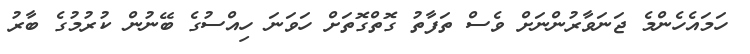
ހަމައެހެންމެ ޖަނަވާރުންނަށް ވެސް ތަފާތު ގޮތްގޮތަށް ހަވަނަ ހިއްސުގެ ބޭނުން ކުރުމުގެ ބާރު